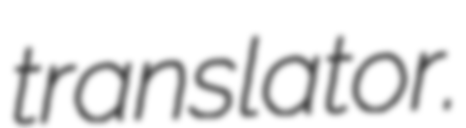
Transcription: translator.